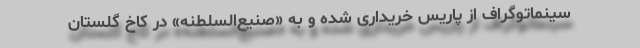
سینماتوگراف از پاریس خریداری شده و به «صنیع‌السلطنه» در کاخ گلستان